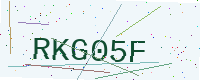
Text: RKG05F